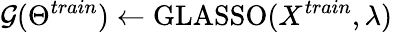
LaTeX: \mathcal{G}(\Theta^{train})\gets\mathrm{GLASSO}(X^{train},\lambda)